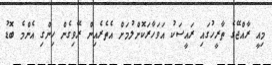
މިއީ ރާއްޖޭގެ ތާރީހުގައި ރައީސަކު އަވަހާރަކޮށްލުމަށް އެތެރެއިން ރޭވިގެން ހިންގި އެންމެ ބޮޑު